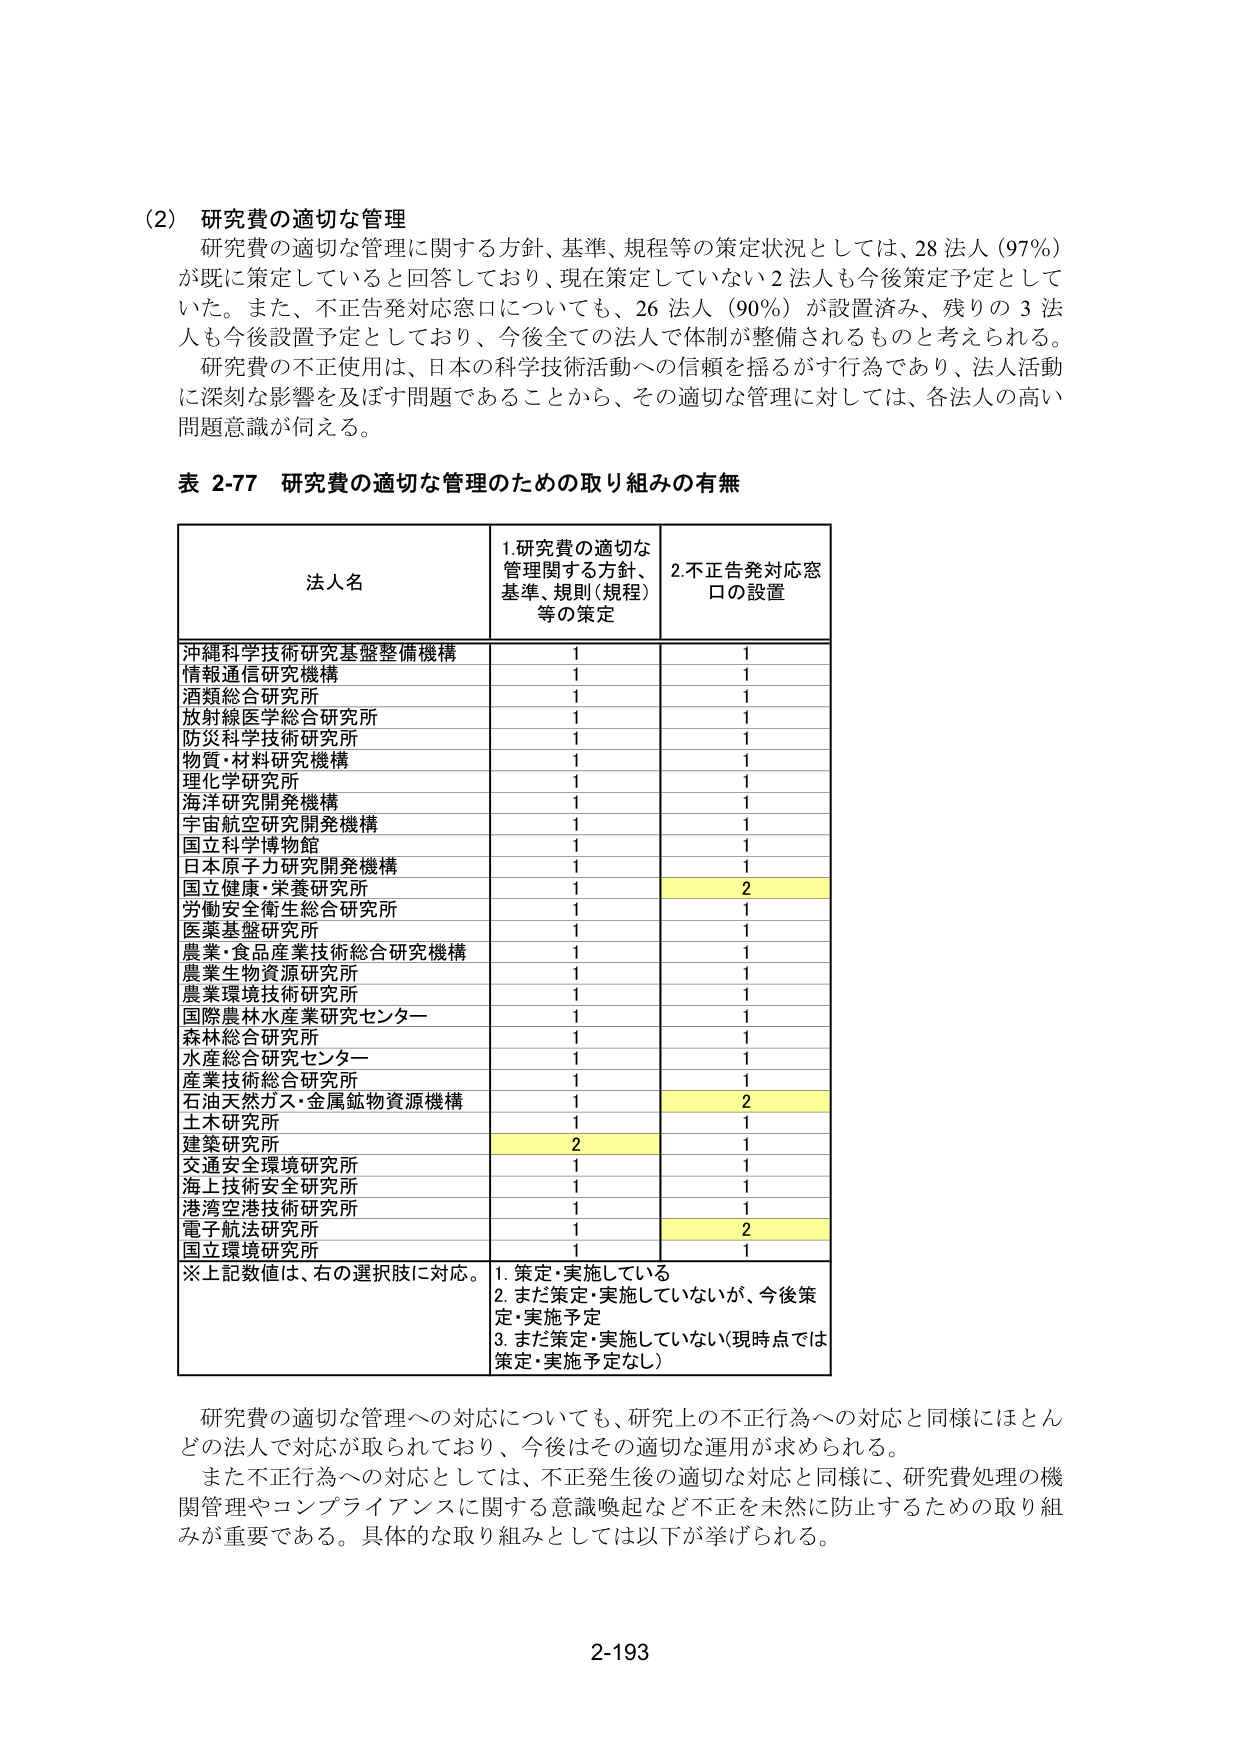
(2) 研究費の適切な管理
研究費の適切な管理に関する方針、基準、規程等の策定状況としては、28 法人（97％）が既に策定していると回答しており、現在策定していない2法人も今後策定予定としていた。また、不正告発対応窓口についても、26 法人（90％）が設置済み、残りの3法人も今後設置予定としており、今後全ての法人で体制が整備されるものと考えられる。
研究費の不正使用は、日本の科学技術活動への信頼を揺るがす行為であり、法人活動に深刻な影響を及ぼす問題であることから、その適切な管理に対しては、各法人の高い問題意識が伺える。

表 2-77 研究費の適切な管理のための取り組みの有無

| 法人名 | 1.研究費の適切な管理に関する方針、基準、規則（規程）等の策定 | 2.不正告発対応窓口の設置 |
|--------|-------------------------------------------------------------|--------------------------|
| 沖縄科学技術研究基盤整備機構 | 1 | 1 |
| 情報通信研究機構 | 1 | 1 |
| 酒類総合研究所 | 1 | 1 |
| 放射線医学総合研究所 | 1 | 1 |
| 防災科学技術研究所 | 1 | 1 |
| 物質・材料研究機構 | 1 | 1 |
| 理化学研究所 | 1 | 1 |
| 海洋研究開発機構 | 1 | 1 |
| 宇宙航空研究開発機構 | 1 | 1 |
| 国立科学博物館 | 1 | 1 |
| 日本原子力研究開発機構 | 1 | 1 |
| 国立健康・栄養研究所 | 1 | 2 |
| 労働安全衛生総合研究所 | 1 | 1 |
| 医薬基盤研究所 | 1 | 1 |
| 農業・食品産業技術総合研究機構 | 1 | 1 |
| 農業生物資源研究所 | 1 | 1 |
| 農業環境技術研究所 | 1 | 1 |
| 国際農林水産業研究センター | 1 | 1 |
| 森林総合研究所 | 1 | 1 |
| 水産総合研究センター | 1 | 1 |
| 産業技術総合研究所 | 1 | 1 |
| 石油天然ガス・金属鉱物資源機構 | 1 | 2 |
| 土木研究所 | 1 | 1 |
| 建築研究所 | 2 | 1 |
| 交通安全環境研究所 | 1 | 1 |
| 海上技術安全研究所 | 1 | 1 |
| 港湾空港技術研究所 | 1 | 1 |
| 電子航法研究所 | 1 | 2 |
| 国立環境研究所 | 1 | 1 |

※上記数値は、右の選択肢に対応。
1. 策定・実施している
2. まだ策定・実施していないが、今後策定・実施予定
3. まだ策定・実施していない（現時点では策定・実施予定なし）

研究費の適切な管理への対応についても、研究上の不正行為への対応と同様にはとんどの法人で対応が取られており、今後はその適切な運用が求められる。
また不正行為への対応としては、不正発生後の適切な対応と同様に、研究費処理の機関管理やコンプライアンスに関する意識喚起など不正を未然に防止するための取り組みが重要である。具体的な取り組みとしては以下が挙げられる。

2-193